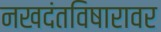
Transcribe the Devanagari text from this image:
नखदंतविषारावर